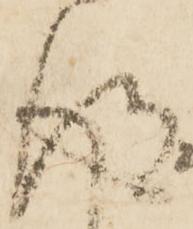
得